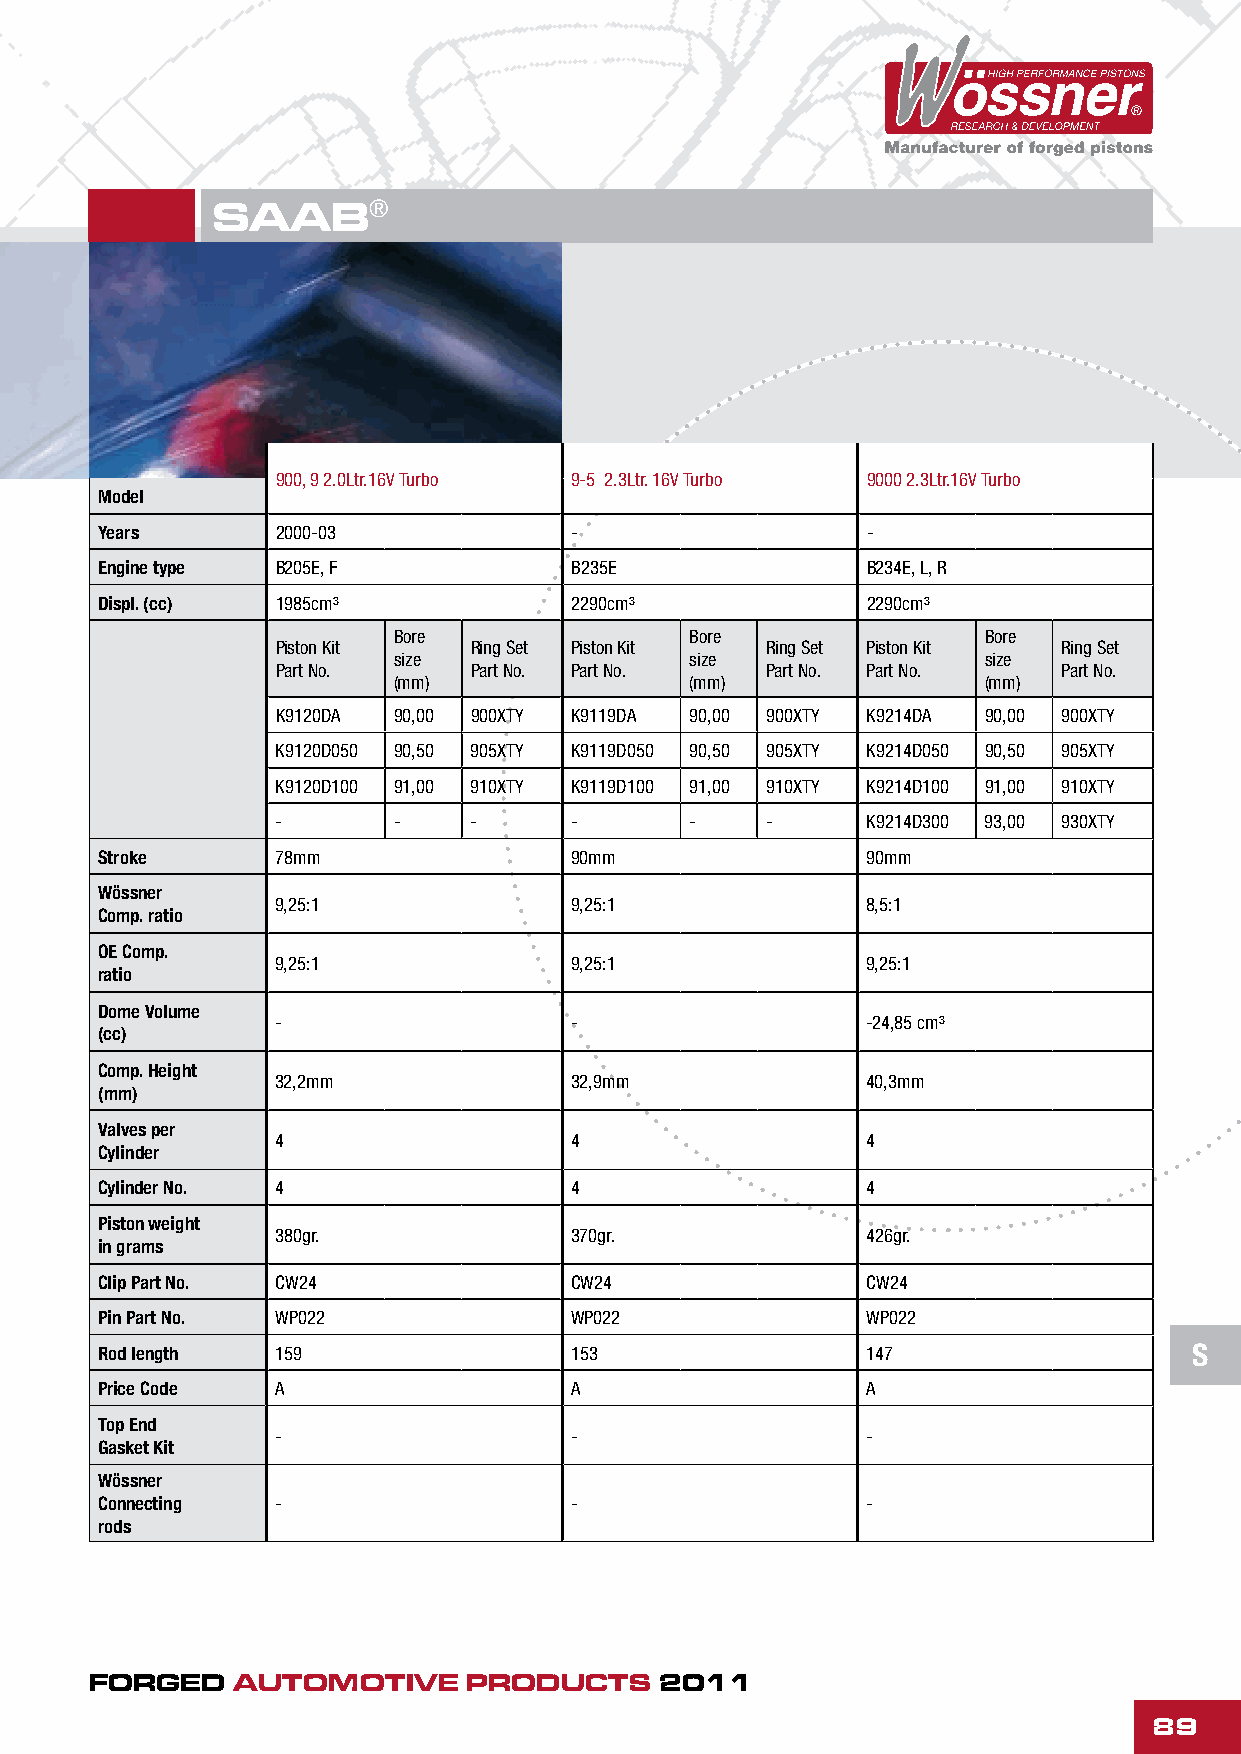
SAAB®
 900, 9 2.0Ltr.16V Turbo 9-5 2.3Ltr. 16V Turbo 9000 2.3Ltr.16V Turbo
 Model
 Years      2000-03             -                  -
 Engine type B205E, F           B235E              B234E, L, R
 Displ. (cc) 1985cm³            2290cm³            2290cm³
 Bore                Bore               Bore
 Piston Kit   Ring Set Piston Kit Ring Set Piston Kit Ring Set
 size                size               size
 Part No.     Part No. Part No.   Part No. Part No.  Part No.
 (mm)                (mm)               (mm)
 K9120DA 90,00 900XTY K9119DA 90,00 900XTY K9214DA 90,00 900XTY
 K9120D050 90,50 905XTY K9119D050 90,50 905XTY K9214D050 90,50 905XTY
 K9120D100 91,00 910XTY K9119D100 91,00 910XTY K9214D100 91,00 910XTY
 -       -    -      -       -    -     K9214D300 93,00 930XTY
 Stroke      78mm                90mm               90mm
 Wössner
 9,25:1              9,25:1             8,5:1
 Comp. ratio
 OE Comp.
 9,25:1              9,25:1             9,25:1
 ratio
 Dome Volume
 -                   -                  -24,85 cm³
 (cc)
 Comp. Height
 32,2mm              32,9mm             40,3mm
 (mm)
 Valves per
 4                   4                  4
 Cylinder
 Cylinder No. 4                  4                  4
 Piston weight
 380gr.              370gr.             426gr.
 in grams
 Clip Part No. CW24              CW24               CW24
 Pin Part No. WP022              WP022              WP022
 Rod length  159                 153                147                   S
 Price Code  A                   A                  A
 Top End
 -                   -                  -
 Gasket Kit
 Wössner
 Connecting  -                   -                  -
 rods
 FORGED   AUTOMOTIVE      PRODUCTS     2011
 89